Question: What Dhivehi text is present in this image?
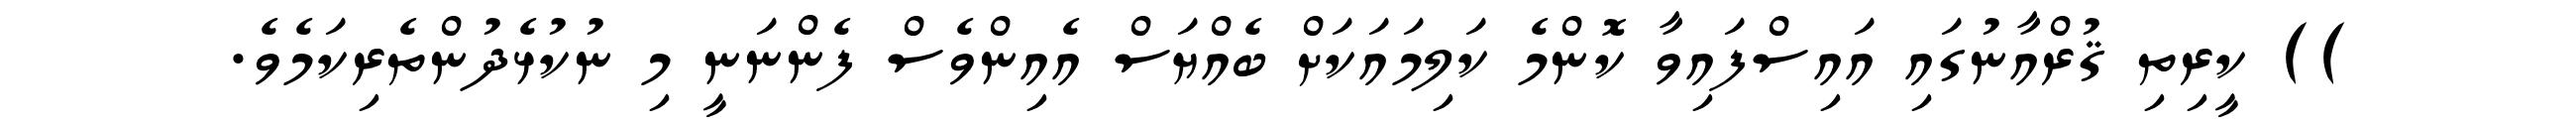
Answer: )) ކީރިތި ޤުރްއާނުގައި އައިސްފައިވާ ކޮންމެ ކަލިމައަކަށް ބެއްޔަސް އެއިންވެސް ފެންނަނީ މި ނުކުޅެދުންތެރިކަމެވެ.